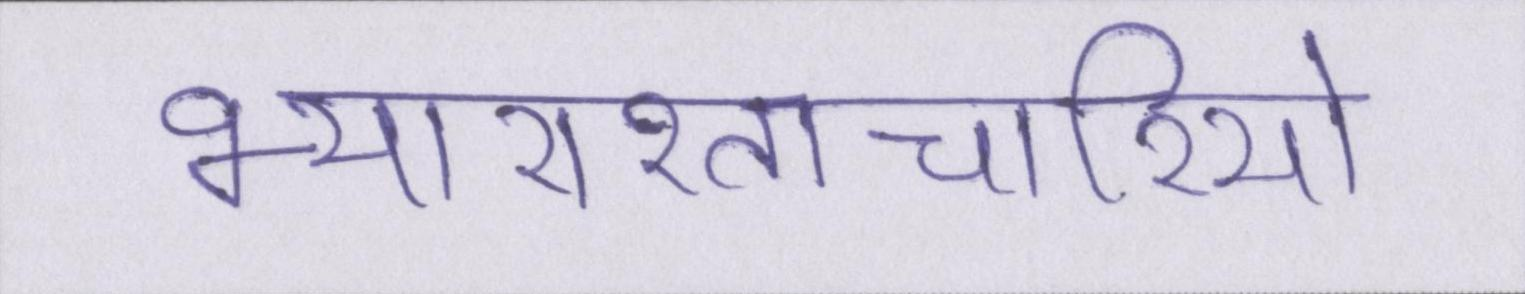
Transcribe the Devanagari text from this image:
भ्याराश्ताचारियो